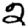
Digit: 2